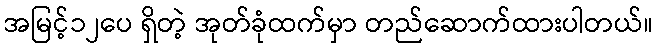
အမြင့်၁၂ပေ ရှိတဲ့ အုတ်ခုံထက်မှာ တည်ဆောက်ထားပါတယ်။